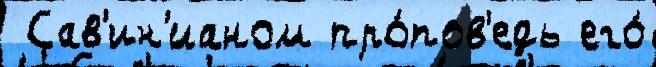
 Сав'ин'ианом про́пов'едь его́